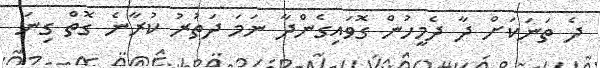
ދެ ތަނަކަށް ދާ ދެމީހުން ގޮވައިގެންދާ ނަމަ ދަތުރު ކުރާނެ ގޮތް ގިނަ